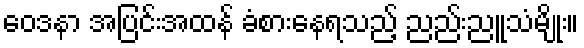
ဝေဒနာ အပြင်းအထန် ခံစားနေရသည့် ညည်းညူသံမျိုး။